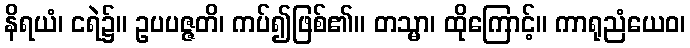
နိရယံ၊ ငရဲ၌။ ဥပပဇ္ဇတိ၊ ကပ်၍ဖြစ်၏။ တသ္မာ၊ ထိုကြောင့်။ ကာရုညံယေဝ၊